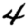
Digit: 4